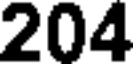
204